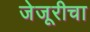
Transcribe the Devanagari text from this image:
जेजूरीचा